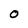
Character: 0